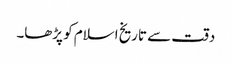
دقت سے تاریخ اسلام کو پڑھا۔